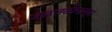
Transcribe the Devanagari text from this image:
जळजळीपासून